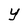
Character: Y